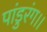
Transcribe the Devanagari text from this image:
पांडुरंग।।